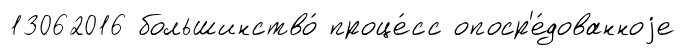
13062016 большинство́ проце́сс опоср'е́дованноjе